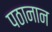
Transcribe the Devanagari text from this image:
पठानान